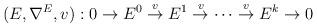
LaTeX: \begin{align*}\begin{aligned}(E,\nabla^{E}, v):0\rightarrow E^{0}\overset{v}\rightarrow E^{1}\overset{v}\rightarrow \cdots \overset{v}\rightarrow E^{k}\rightarrow 0\end{aligned}\end{align*}